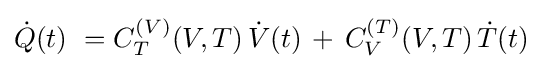
{\dot {Q}}(t)\ =C_{T}^{(V)}(V,T)\,{\dot {V}}(t)\,+\,C_{V}^{(T)}(V,T)\,{\dot {T}}(t)